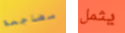
مضاجعة يثمل